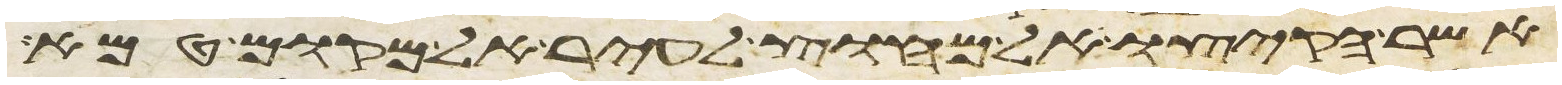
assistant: אשר הקיצו אל מחוץ לעיר אל מקום טמא